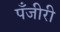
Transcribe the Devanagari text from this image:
पँजीरी